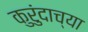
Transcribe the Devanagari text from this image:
कुरुंदाच्या